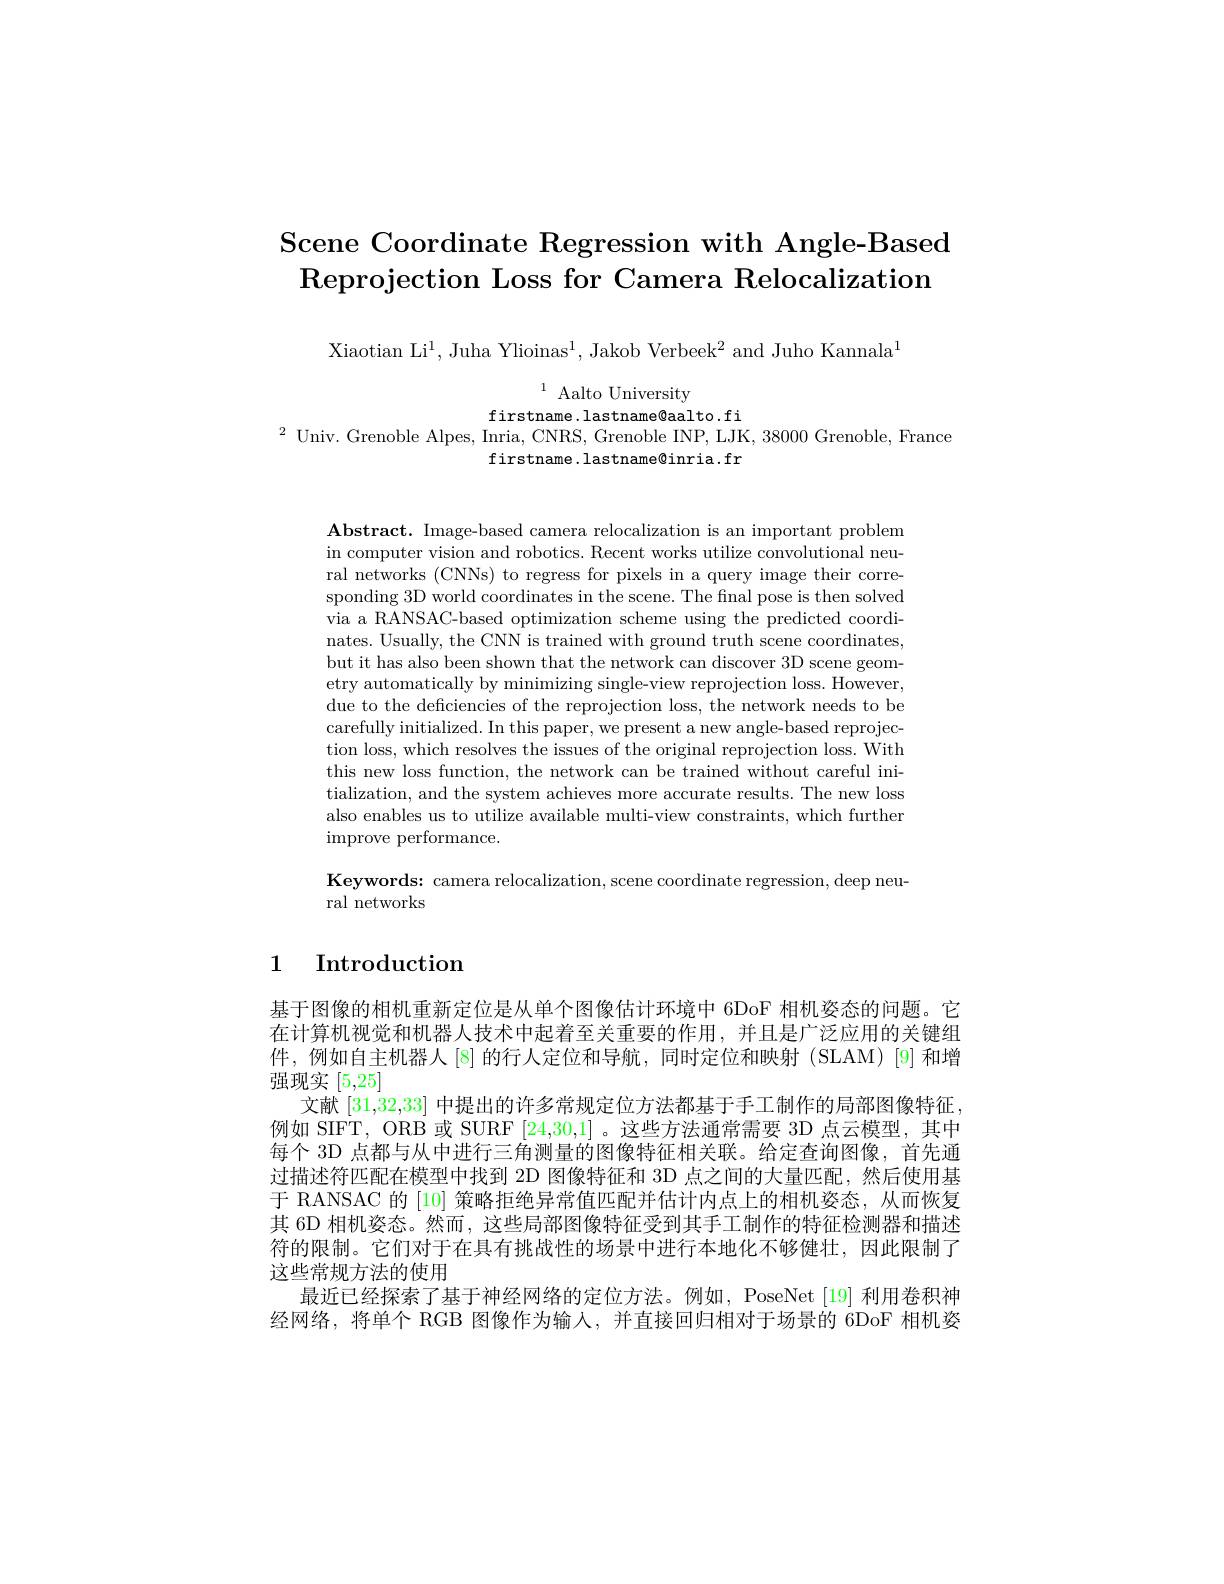
# Scene Coordinate Regression with Angle-Based $\textbf{Reprojection Loss for Camera Relocalization}$

Xiaotian Li$^1$,Juha Ylioinas$^1$, Jakob Verbeek$^2$ and Juho Kannala

$^{1}$ Aalto University
firstname. lastname@aalto. fi
$^2$Univ. Grenoble Alpes, Inria, CNRS, Grenoble INP, LJK, 38000 Grenoble, France
firstname.lastname@inria.fr

$\mathbf{Abstract.~Image-based~camera~relocalization~is~an~important~problem}$ in computer vision and robotics. Recent works utilize convolutional neural networks (CNNs) to regress for pixels in a query image their corresponding 3D world coordinates in the scene. The final pose is then solved via a RANSAC-based optimization scheme using the predicted coordinates. Usually, the CNN is trained with ground truth scene coordinates, but it has also been shown that the network can discover 3D scene geometry automatically by minimizing single-view reprojection loss. However, due to the deficiencies of the reprojection loss, the network needs to be carefully initialized. In this paper, we present a new angle-based reprojection loss, which resolves the issues of the original reprojection loss. With this new loss function, the network can be trained without careful initialization, and the system achieves more accurate results. The new loss also enables us to utilize available multi-view constraints, which further ${\mathrm{improve~performance.}}$

Keywords: camera relocalization, scene coordinate regression, deep neu-
ral networks

# 1 Introduction

基于图像的相机重新定位是从单个图像估计环境中 6DoF 相机姿态的问题。它在计算机视觉和机器人技术中起着至关重要的作用，并且是广泛应用的关键组件，例如自主机器人[8]的行人定位和导航，同时定位和映射(SLAM)[9]和增强现实[5,25]
文献[31,32,33]中提出的许多常规定位方法都基于手工制作的局部图像特征例如 SIFT, ORB 或 SURF [24,30,1]。这些方法通常需要 3D 点云模型，其中每个 3D 点都与从中进行三角测量的图像特征相关联。给定查询图像，首先通过描述符匹配在模型中找到 2D 图像特征和 3D 点之间的大量匹配，然后使用基于 RANSAC 的 [10] 策略拒绝异常值匹配并估计内点上的相机姿态，从而恢复其 6D 相机姿态。然而，这些局部图像特征受到其手工制作的特征检测器和描述符的限制。它们对于在具有挑战性的场景中进行本地化不够健壮，因此限制了这些常规方法的使用
最近已经探索了基于神经网络的定位方法。例如，PoseNet [19] 利用卷积神经网络，将单个 RGB 图像作为输人，并直接回归相对于场景的 6DoF 相机姿